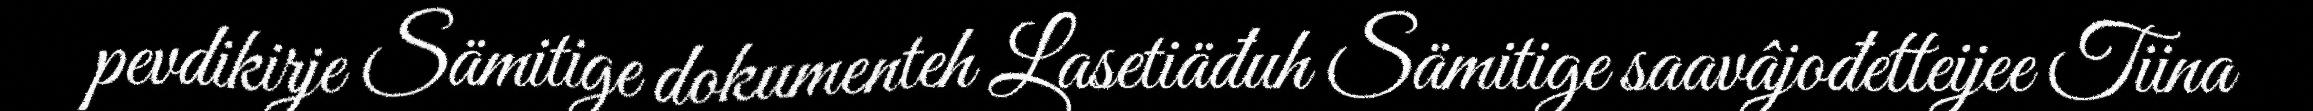
pevdikirje Sämitige dokumenteh Lasetiäđuh Sämitige saavâjođetteijee Tiina